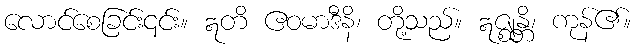
လောင်စေခြင်း၎င်း။ ဣတိ ဧဝမာဒီနိ၊ တို့သည်။ ဣဇ္ဈန္တိ၊ ကုန်၏။